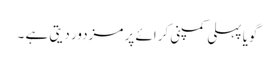
گویا پہلی کمپنی کرائے پر مزدور دیتی ہے ۔